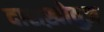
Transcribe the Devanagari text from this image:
दाशख़ोवुज़